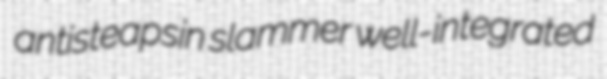
antisteapsin slammer well-integrated